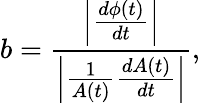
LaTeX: b=\frac{\left|\frac{d\phi(t)}{dt}\right|}{\left|\frac{1}{A(t)}\frac{dA(t)}{dt}\right|},